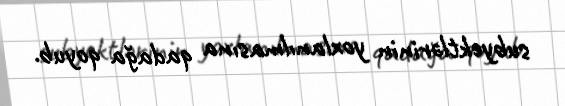
subyektlərinin yoxlanılmasına qadağa qoyub.